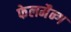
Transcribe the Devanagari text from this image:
फेलमैन्ग